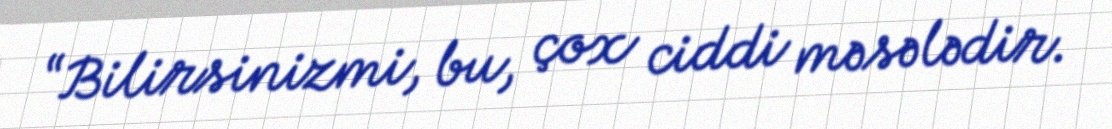
“Bilirsinizmi, bu, çox ciddi məsələdir.